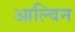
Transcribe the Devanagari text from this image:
आल्विन